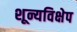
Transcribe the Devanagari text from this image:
शून्यविक्षेप